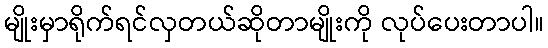
မျိုးမှာရိုက်ရင်လှတယ်ဆိုတာမျိုးကို လုပ်ပေးတာပါ။